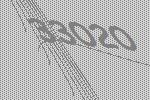
33020